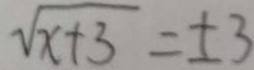
\sqrt { x + 3 } = \pm 3